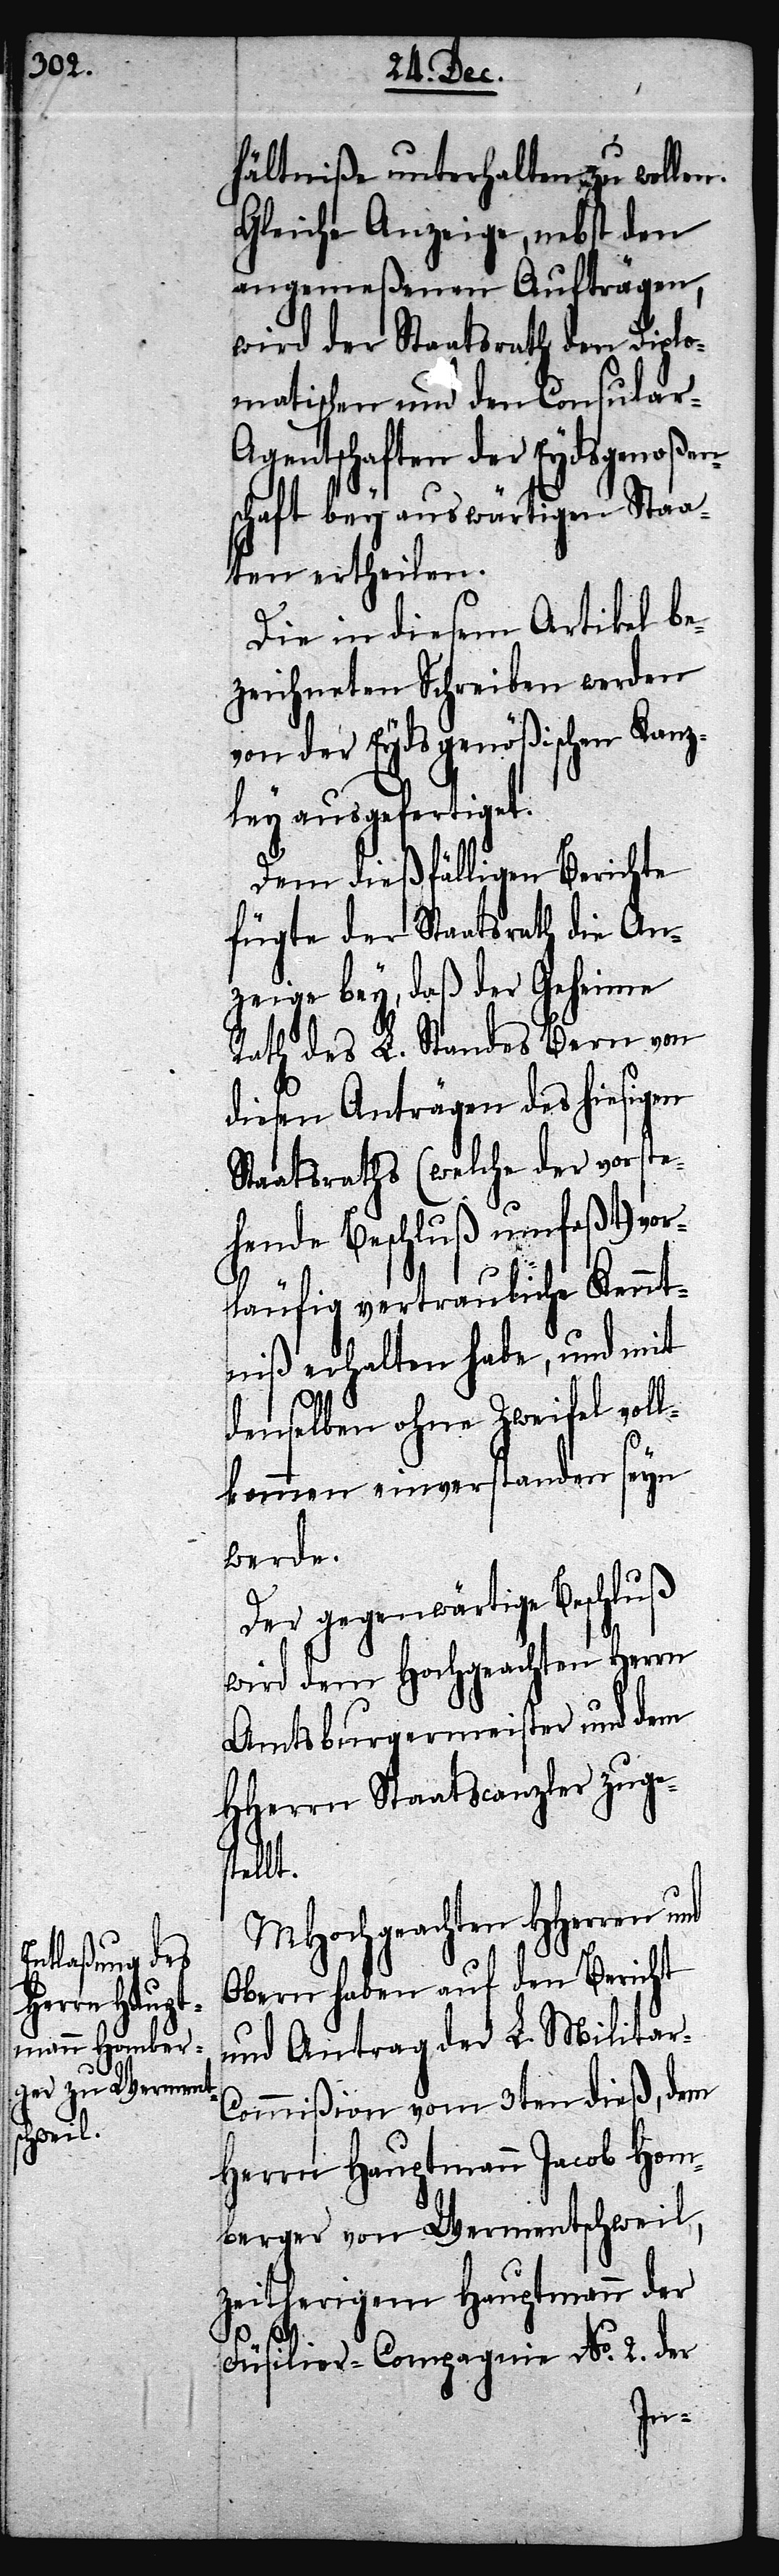
hältniße unterhalten zu wollen.
Gleiche Anzeige, nebst den
angemeßenen Aufträgen,
wird der Staatsrath den Diplo¬
matischen und den Consular-A¬
gentschaften der Eydsgenoßen¬
schaft bey auswärtigen Staa¬
ten ertheilen.
Die in diesem Artikel be¬
zeichneten Schreiben werden
von der Eydsgenößischen Kanz¬
ley ausgefertiget.
Dem dießfälligen Berichte
fügte der Staatsrath die An¬
zeige bey, daß der Geheime
Rath des L. Standes Bern von
diesen Anträgen des hiesigen
Staatsraths (welche der vorste¬
hende Beschluß umfaßt) vor¬
läufig vertrauliche Kennt¬
niß erhalten habe, und mit
denselben ohne Zweifel voll¬
kommen einverstanden seyn
werde.
Der gegenwärtige Beschluß
wird dem Hochgeachten Herrn
Amtsburgermeister und dem
HHerrn Staatscanzler zuges¬
tellt.
MHochgeachten HHerren
Obern haben auf den Bericht
und Antrag der L. Militar-C¬
ommißion vom 3ten dieß, dem
Herrn Hauptmann Jacob Hom¬
berger von Wermentschweil,
zeitherigem Hauptmann der
Füsilier-Compagnie No. 2 der